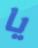
يا